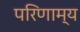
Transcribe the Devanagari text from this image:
परिणाम्य